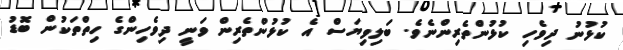
ކުޅުނު ދިވެހި ކުޅުންތެރިންނެވެ. ބަލިވިޔަސް އެ ކުޅުންތެރިން ވަނީ ދިވެހިންގެ ހިތްތަކުން ބޮޑު